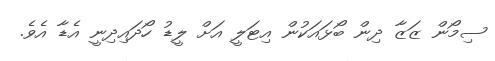
ސިމޯން ޒަޒާ ދިން ބޯޅައަކުން އިޓަލީ އަށް ލީޑު ހޯދައިދިނީ އެޑާ އެވެ.